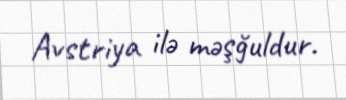
Avstriya ilə məşğuldur.